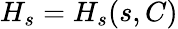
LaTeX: H_{s}=H_{s}(s,C)